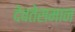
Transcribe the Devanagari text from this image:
देवतेसमान